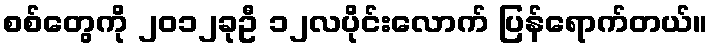
စစ်တွေကို ၂၀၁၂ခုဦ ၁၂လပိုင်းလောက် ပြန်ရောက်တယ်။